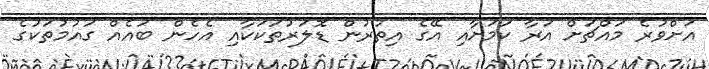
އަށްވުރެ މައްޗަށް އަރާ ކަމަށާއި އޭގެ އިތުރުން ޑޮލަރުތަކަކާއި އެހެން ބައެއް ގައުމުތަކުގެ